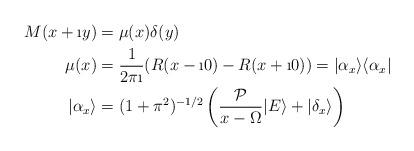
LaTeX: \begin{align*} M(x+ \i y)&= \mu(x)\delta(y)\\ \mu(x)&= \frac{1}{2\pi \i}(R(x-\i 0)-R(x + \i 0))=|\alpha_x\rangle\langle\alpha_x|\\|\alpha_x\rangle&= (1+\pi^2)^{-1/2}\left(\frac{\mathcal{P}}{x-\Omega}|E\rangle+|\delta_x\rangle\right)\end{align*}